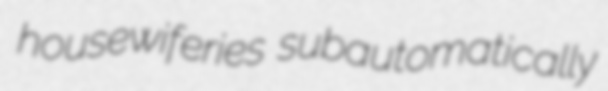
housewiferies subautomatically